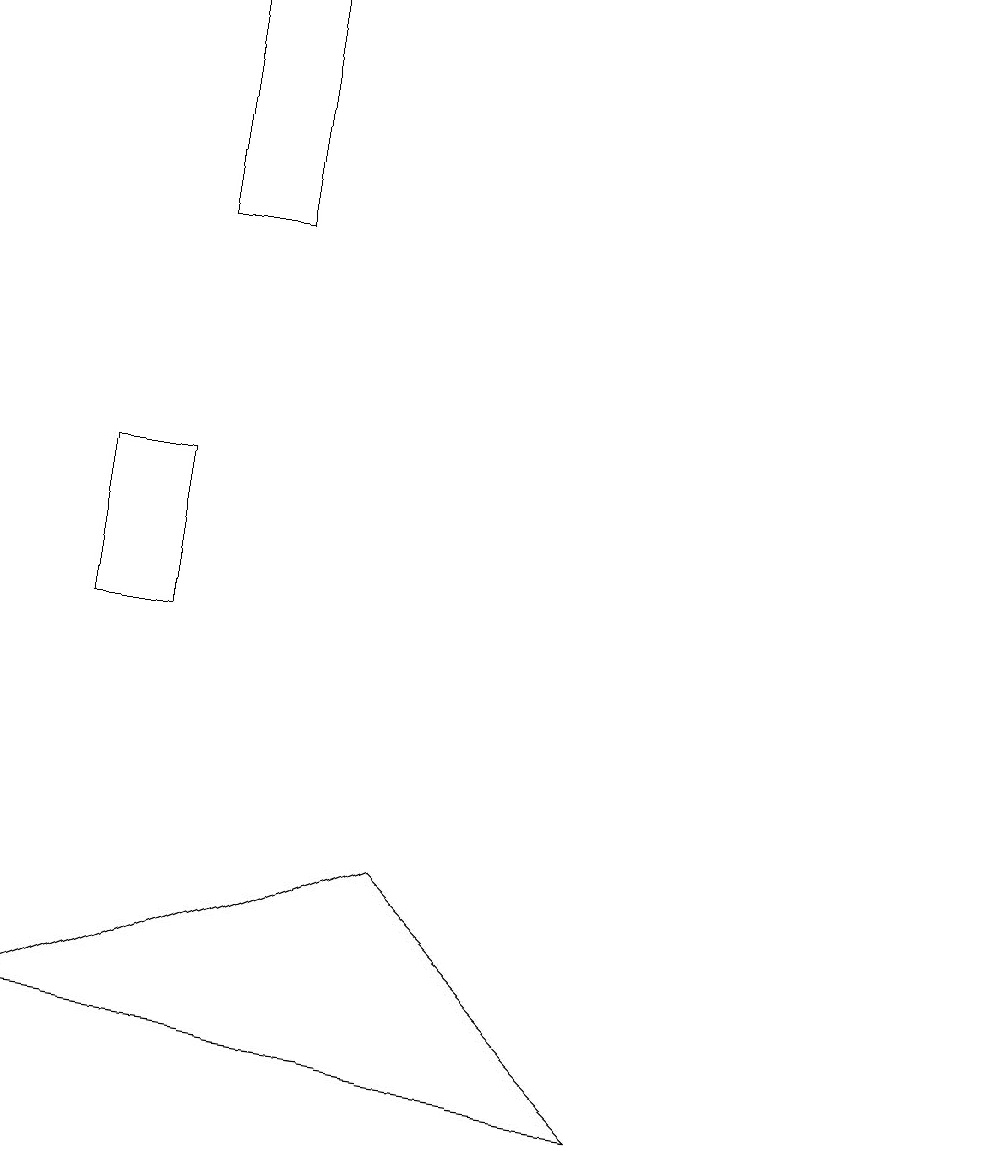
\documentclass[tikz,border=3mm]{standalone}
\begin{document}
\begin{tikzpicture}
\draw (2,12) rectangle (1,10);
\draw (12,11) circle (0);
\draw (5,7) -- (8,4) -- (0,5) -- cycle;
\draw (3,18) rectangle (2,15);
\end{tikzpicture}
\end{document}